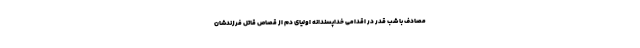
مصادف با شب قدر در اقدامی خداپسندانه اولیای دم از قصاص قاتل فرزندشان